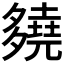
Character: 𡗊